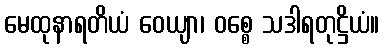
မေထုနာရတိယံ ဝေယျာ၊ ဝစ္စေ သဒါရတုဋ္ဌိယံ။